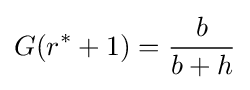
G(r^{*}+1)={\frac {b}{b+h}}